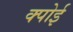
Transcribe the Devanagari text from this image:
क्पोई